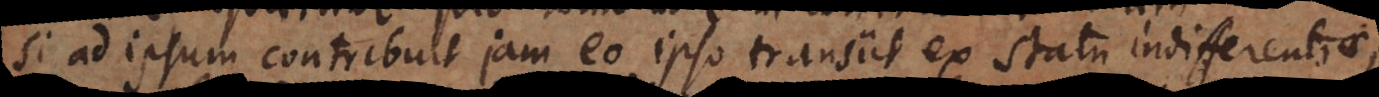
si ad ipsum contribuit, jam eo ipso transiit ex statu indifferentiae,